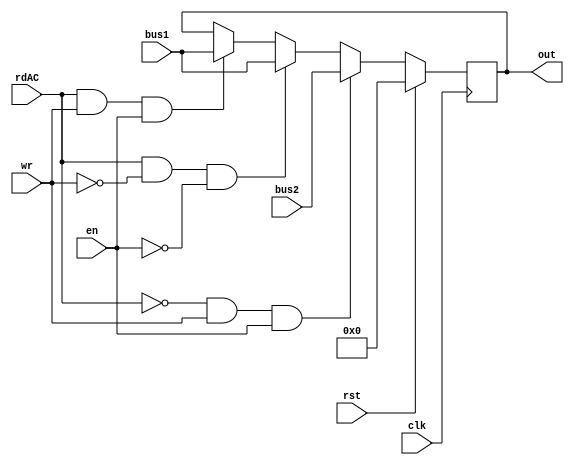
module Rb(rdAC,wr,rst,en,clk,bus1,bus2,out
    );
input wr,en,rst,rdAC;
input clk;
input [7:0] bus1;
input [7:0] bus2;
output [7:0] out;
reg [7:0] out=8'b0; 
always @ (negedge clk) begin
	if (rst) 
	out <= 8'b0;
	
	else if (!rdAC & wr & en) //when moving B to Y or using as an operand
	out <= bus2;

	else if (rdAC & !wr & !en) //when storing the result of an operation
	out <= bus1;
	
	else if (rdAC & wr & en) //when moving Y to B
	out <= bus1;

	end
endmodule